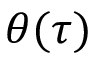
\theta ( \tau )